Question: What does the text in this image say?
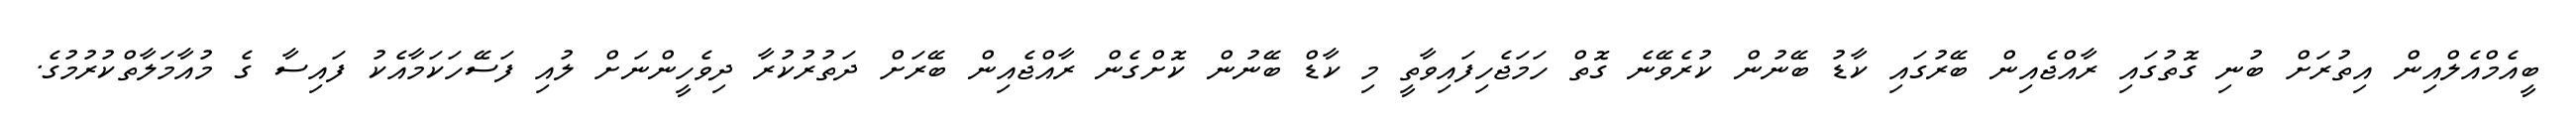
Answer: ބީއެމްއެލްއިން އިތުރަށް ބުނި ގޮތުގައި ރާއްޖެއިން ބޭރުގައި ކާޑު ބޭނުން ކުރެވޭނެ ގޮތް ހަމަޖެހިފައިވާތީ މި ކާޑް ބޭނުން ކޮށްގެން ރާއްޖެއިން ބޭރަށް ދަތުރުކުރާ ދިވެހީންނަށް ލުއި ފަސޭހަކަމާއެކު ފައިސާ ގެ މުއާމަލާތްކުރުމުގެ.